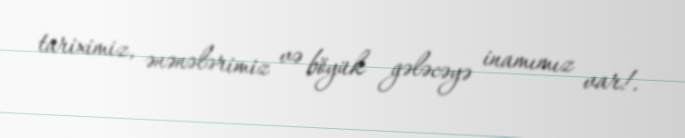
tariximiz, ənənələrimiz və böyük gələcəyə inamımız var!.